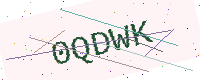
Text: 0QDWK